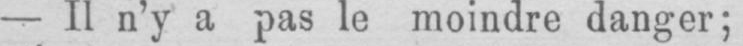
- Il n’y a pas le moindre danger;